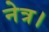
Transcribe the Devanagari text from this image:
नेत्र।